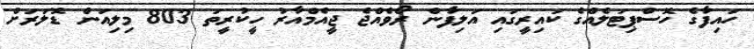
ހައިފާގެ ހޮސްޕިޓަލެއްގެ ކައިރީގައި އަލިފާން ރޯވެއްޖެ ޖީއެމްއާރު ހީކުރީތަ 803 މިލިއަން ޑޮލަރަށް